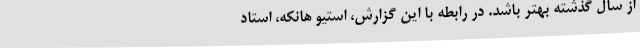
از سال گذشته بهتر باشد. در رابطه با این گزارش، استیو هانکه، استاد